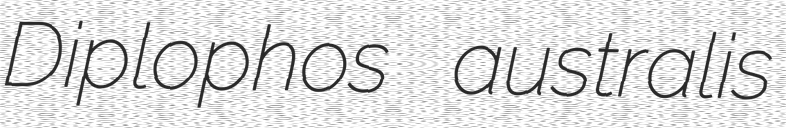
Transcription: Diplophos australis